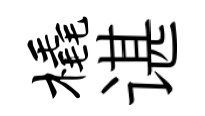
橇谌